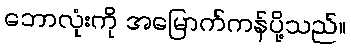
ဘောလုံးကို အမြောက်ကန်ပို့သည်။